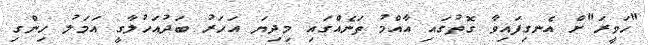
"ހަވީރަ"ށް އެނގިފައިވާ ގޮތުގައި އާއްމު ތަނެއްގައި މިދިޔަ އަހަރު ބަދުއަހުލާގީ އަމަލު ހިންގި